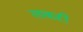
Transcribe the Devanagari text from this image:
लकऱी